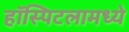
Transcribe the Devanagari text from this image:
हॉस्पिटलामध्ये